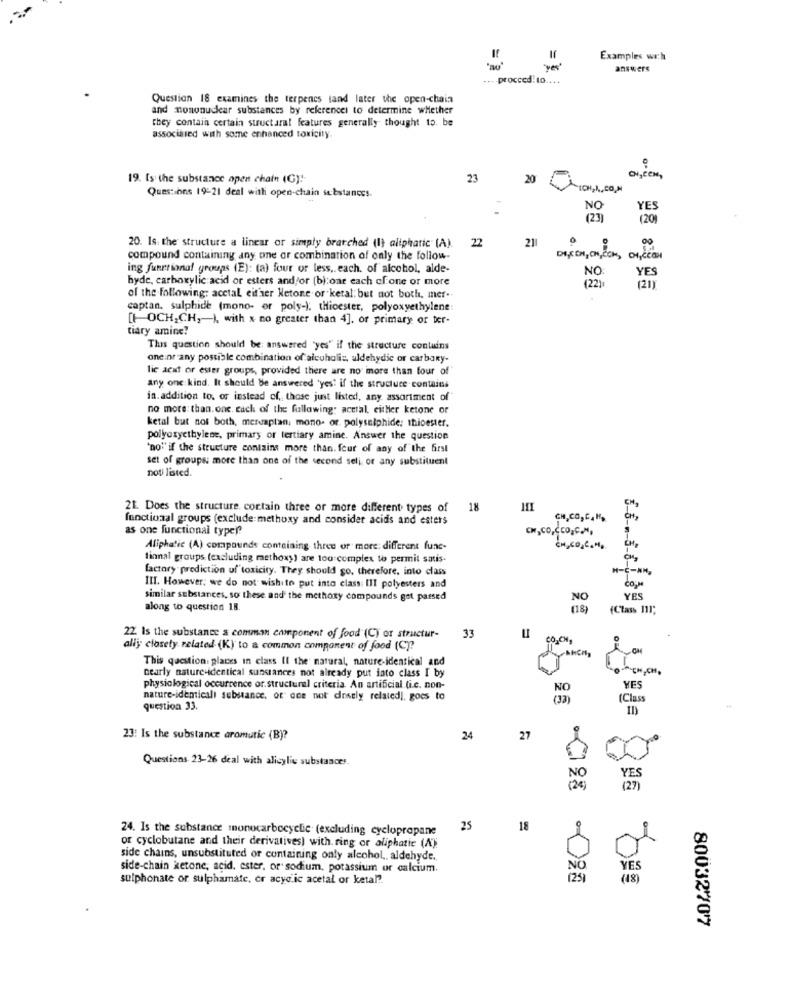
Examples wrh
= =
yes'
answers
procccd.10 ....
Question 18 examines the terpenes tand later the open-chain
and mononuclear substances by referencei to determine whether
They contain certain structural features generally thought to. be
associated with some enhanced toxicity.
19. Is the substance apen chain (G):
23
20
CHI,CeH,
Ques: ons 19-21 deal with open-chain substances.
NO
YES
(23)
(20)
22
211
0
20. Is. the structure a linear or simply brarched (I) aliphatic" (A).
compound containing any one or combination of only the follow-
DI,CH, CH,COM, CHCEGH
ing functional groups (E): (a) four or less ,. each. of alcohol, alde-
NO
YES
hyde, carboxylic acid or esters and/or (b):one each ofone or more
(22)
1211
of the following: acetal either Netone or ketal; but not both, mer.
captan. sulphide (mono- or poly-); tHicester, polyoxyethylene
[1 OCH,CH, ), with x no greater than 4]. or primary or ter-
tiary amine?
This question should be: answered "yes" if the structure contains
one:or any possible combination of alcoholis, uldehydie or carbary-
lic acidt or ester groups, provided there are no imore than four of
any one kind. It should be answered 'yes' if the structure contains
in. addition to, or instead of, those just listed, any, assortment of
no more: than.one. each of the following: acetal, either ketone or
ketal but not both, messaplan, mono- or. polysulphide: thioester.
polyoxyethylene, primary or tertiary amine. Answer the question
"no"" if the structure contains more than. four of any of the 6rst
set of groups: more than one of the second seli, or any substituent
noti listed.
CM,
21. Does the structure. cortain three or more different types of
18
functional groups (exclude methoxy and consider acids and esters
CH,
as one functional typer?
CH,CO, CCO,C.M,
Aliphatic (A) compounds containing three or more: different func-
CH,CO,CH,
finnal groups (excluding methoxy) are too complex to permit satis-
factory prediction uf toxicity. They should go, therefore, into class
H-C-AN,
COM
III. However, we do not wishito put into class: III polyesters and
similar substances, so these and the methoxy compounds get parsed
NO
YES
along to question 18.
(18)
(Class III;
22. Is the substance & common component of food (C) or structur-
33
ally; closely related (K) to a common component of food (C)?
This question. places in class If the natural, nature-identical and
nearly nature-identical substances not already put into class I by
physiological occurrence or.structural criteria. An artificial.(i.c. non-
YES
nature-idemicali substance, or one not dosely related), goes to
(Class
question 33.
23: Is the substance aromutic (B)?
24
27
Questions 23-26 deal with alicylic substances
YES
NO
(24 )
(27)
24. Is the substance monocarbocyclic (excluding cyclopropane
25
18
or cyclobutane and their derivatives) with. ring or aliphatic (A)
side chains, unsubstituted or containing only alcohol ,, aldehyde.
side-chain ketone; acid, ester, or sodium, potassium or calcium.
NO
YE
sulphonate or sulphamate, cr acyd.ic acetal or ketal ?.
(25)
(18)
80032707